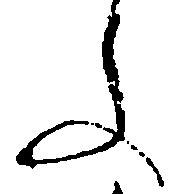
ふ